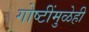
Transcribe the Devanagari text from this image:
गोष्टींमुळेही